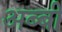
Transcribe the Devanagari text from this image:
अब्बी